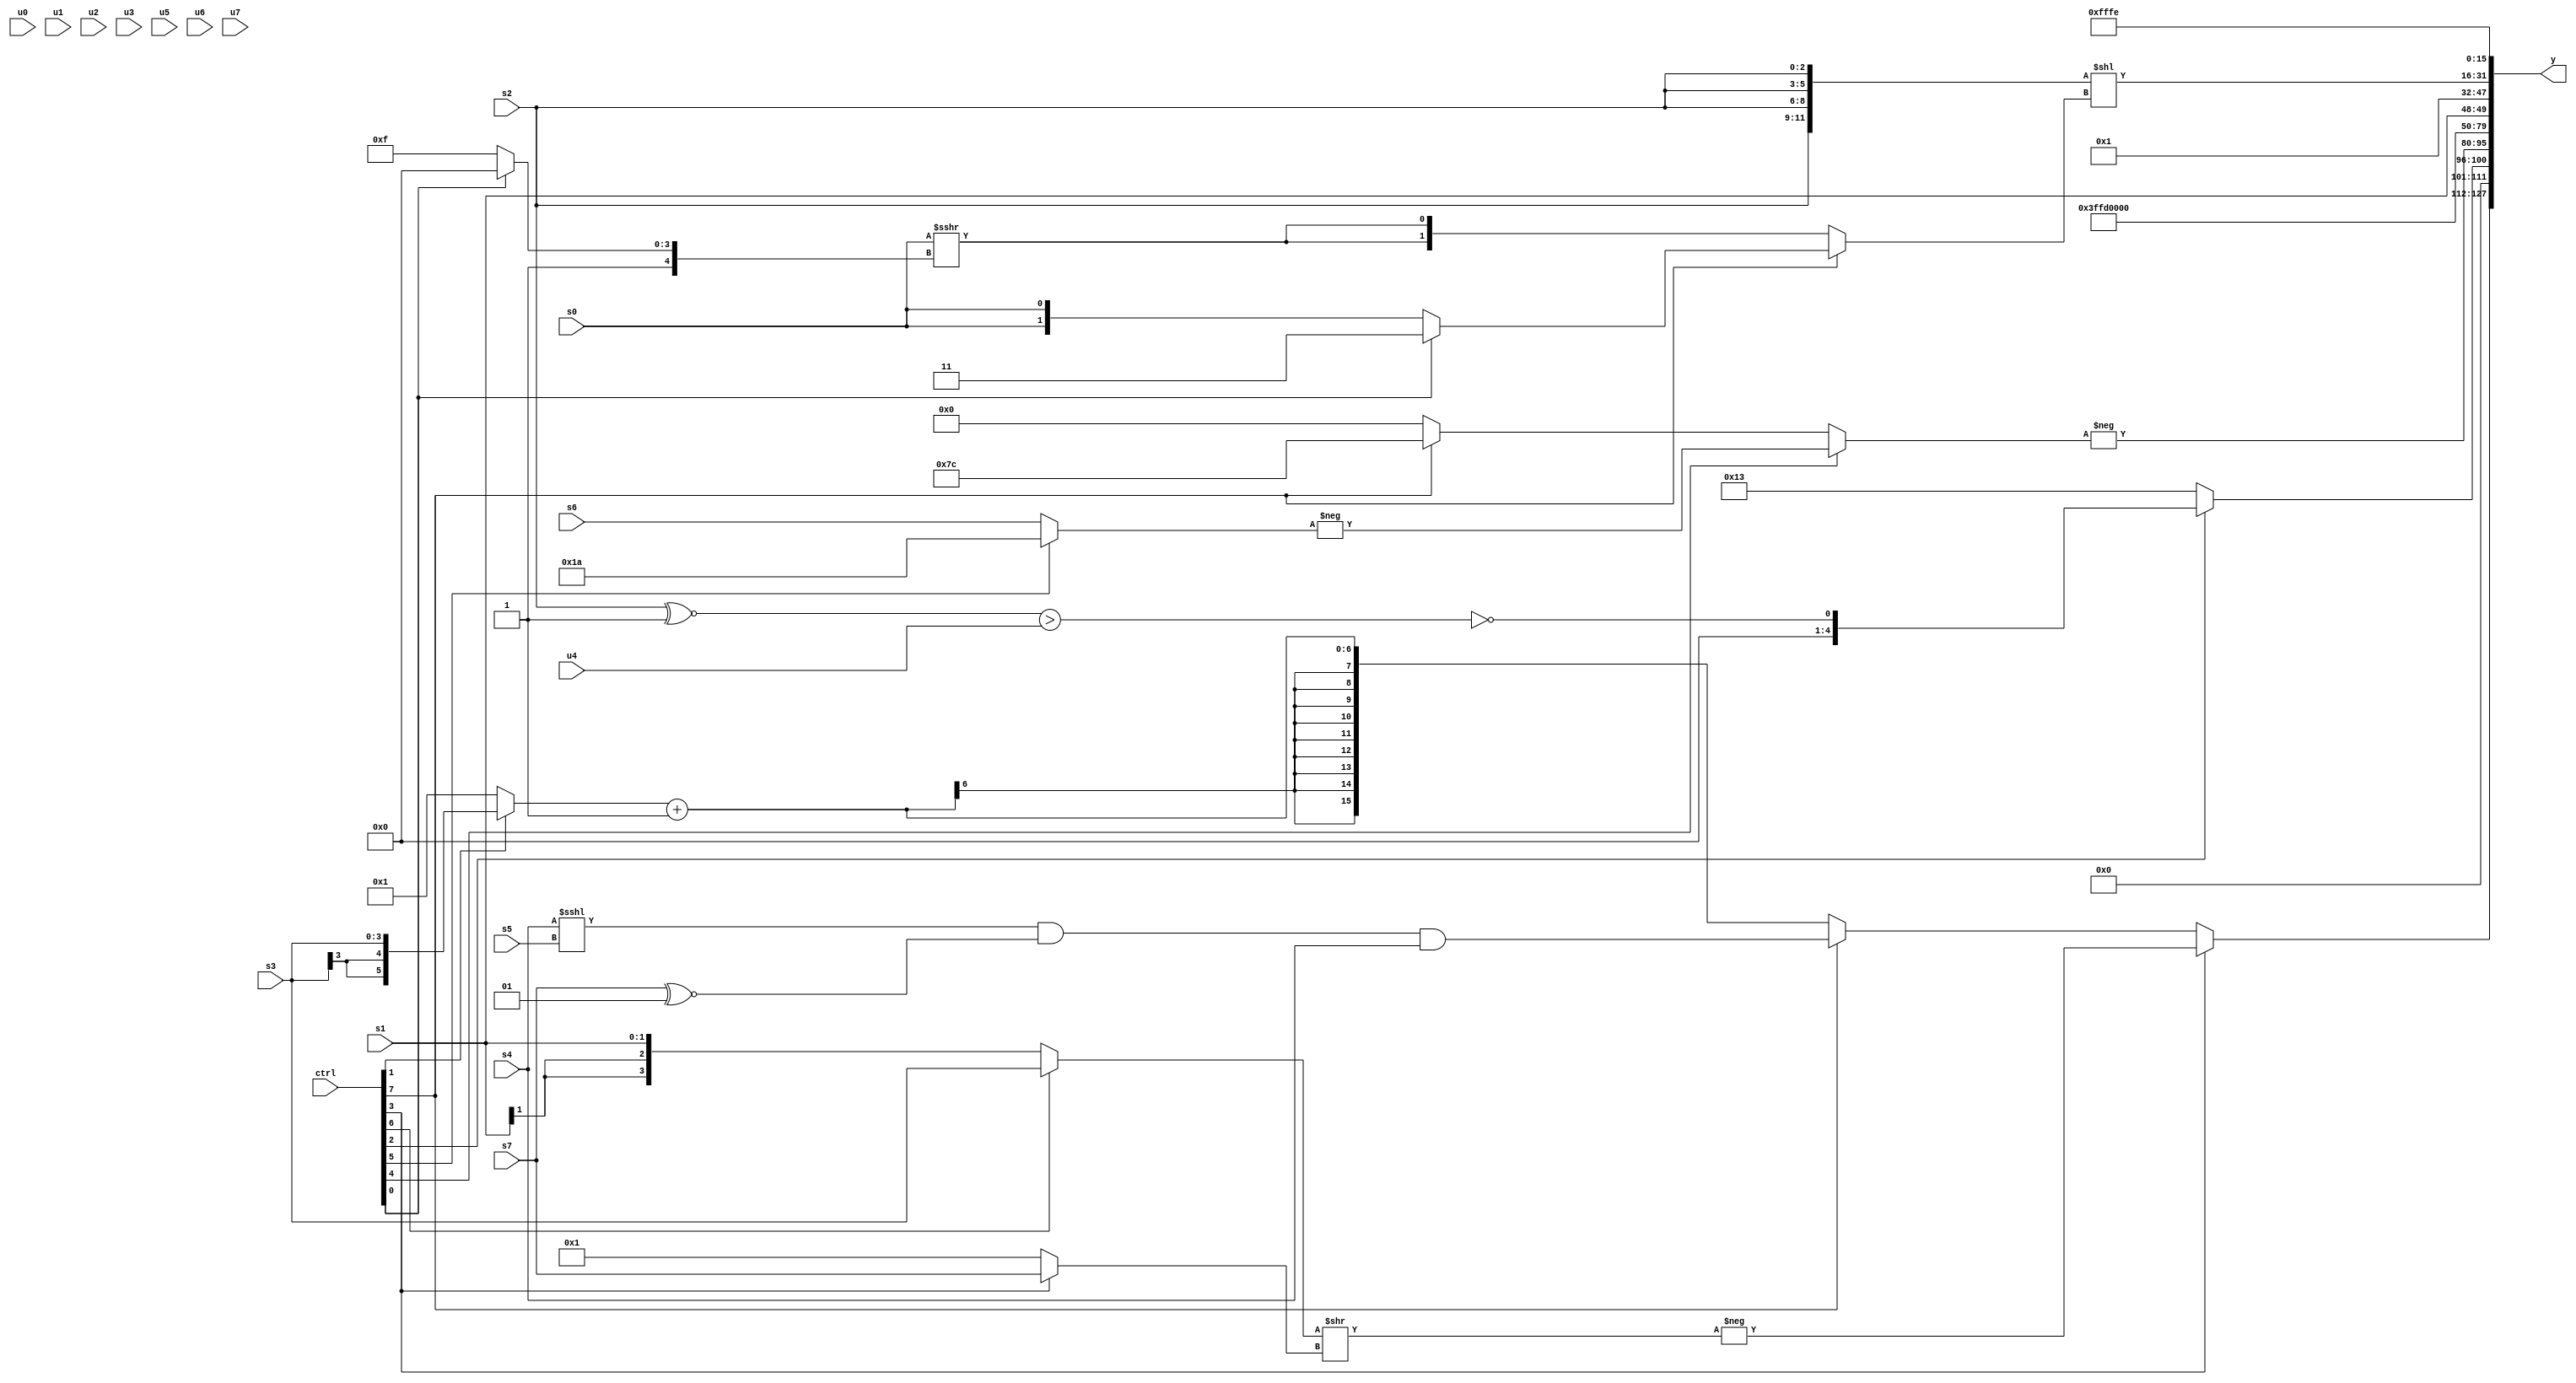
module wideexpr_00668(ctrl, u0, u1, u2, u3, u4, u5, u6, u7, s0, s1, s2, s3, s4, s5, s6, s7, y);
  input [7:0] ctrl;
  input [0:0] u0;
  input [1:0] u1;
  input [2:0] u2;
  input [3:0] u3;
  input [4:0] u4;
  input [5:0] u5;
  input [6:0] u6;
  input [7:0] u7;
  input signed [0:0] s0;
  input signed [1:0] s1;
  input signed [2:0] s2;
  input signed [3:0] s3;
  input signed [4:0] s4;
  input signed [5:0] s5;
  input signed [6:0] s6;
  input signed [7:0] s7;
  output [127:0] y;
  wire [15:0] y0;
  wire [15:0] y1;
  wire [15:0] y2;
  wire [15:0] y3;
  wire [15:0] y4;
  wire [15:0] y5;
  wire [15:0] y6;
  wire [15:0] y7;
  assign y = {y0,y1,y2,y3,y4,y5,y6,y7};
  assign y0 = (ctrl[3]?-((((ctrl[6]?s3:s1))<<((2'sb10)<<(3'b011)))>>($signed((ctrl[3]?s7:3'sb001)))):(ctrl[7]?(((s4)<<<(s5))&((s7)^~(3'sb001)))&(s4):+(((ctrl[1]?s3:6'sb000001))+($signed(2'sb11)))));
  assign y1 = (ctrl[2]?{-(~^(((s2)^~(4'b0001))>(u4)))}:5'sb10011);
  assign y2 = -($signed($signed((ctrl[4]?-($signed((ctrl[5]?6'sb011010:s6))):(ctrl[7]?3'sb100:$signed(4'sb0000))))));
  assign y3 = 6'sb110100;
  assign y4 = $unsigned(s1);
  assign y5 = ~&($signed((((ctrl[6]?+((ctrl[2]?$signed((4'sb1111)<<(s6)):((5'sb10011)+(s5))>>>(3'sb001))):(6'sb011011)|((ctrl[7]?s0:s5))))^~((s2)^(((s7)&((s1)>>>((s4)+(2'sb10))))-(s6))))>>(5'b01110)));
  assign y6 = ($signed($signed(+({4{+(s2)}}))))<<((ctrl[7]?(ctrl[0]?2'sb11:s0):$signed((($signed(s0))>>>($signed(3'sb110)))>>>($unsigned((ctrl[0]?5'sb10000:2'sb11))))));
  assign y7 = 2'sb10;
endmodule